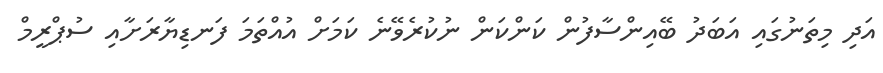
އަދި މިތަނުގައި އަބަދު ބޭއިންސާފުން ކަންކަން ނުކުރެވޭނެ ކަމަށް އުއްތަމަ ފަނޑިޔާރަށާއި ސުޕްރީމް